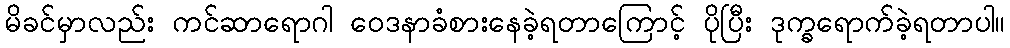
မိခင်မှာလည်း ကင်ဆာရောဂါ ဝေဒနာခံစားနေခဲ့ရတာကြောင့် ပိုပြီး ဒုက္ခရောက်ခဲ့ရတာပါ။